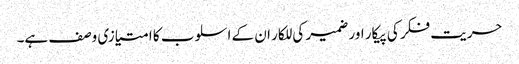
حریت فکر کی پیکار اور ضمیر کی للکار ان کے اسلوب کا امتیازی وصف ہے۔